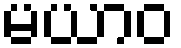
မယာဝ